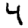
Digit: 4